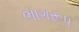
ભાગરૂપ